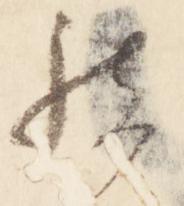
被